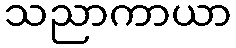
သညာကာယာ